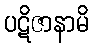
ပဋိဇာနာမိ